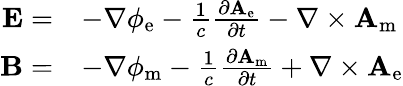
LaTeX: {\begin{array}{rl}{\mathbf{E}=}&{-\nabla\phi_{\mathrm{e}}-{\frac{1}{c}}{\frac{\partial\mathbf{A}_{\mathrm{e}}}{\partial t}}-\nabla\times\mathbf{A}_{\mathrm{m}}}\\ {\mathbf{B}=}&{-\nabla\phi_{\mathrm{m}}-{\frac{1}{c}}{\frac{\partial\mathbf{A}_{\mathrm{m}}}{\partial t}}+\nabla\times\mathbf{A}_{\mathrm{e}}}\end{array}}